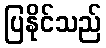
ပြနိုင်သည်